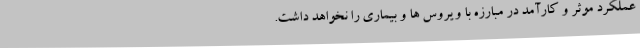
عملکرد موثر و کارآمد در مبارزه با ویروس ها و بیماری را نخواهد داشت.